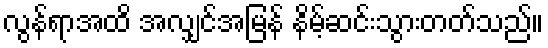
လွန်ရာအထိ အလျှင်အမြန် နိမ့်ဆင်းသွားတတ်သည်။